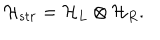
{ \cal H } _ { s t r } = { \cal H } _ { L } \otimes { \cal H } _ { R } .